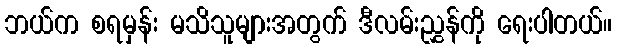
ဘယ်က စရမှန်း မသိသူများအတွက် ဒီလမ်းညွှန်ကို ရေးပါတယ်။